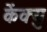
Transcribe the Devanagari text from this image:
केंक्यु